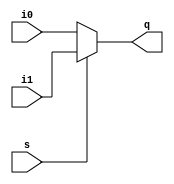
module mux_2(i0,i1,s,q);
    
input [15:0]i1,i0;
input s;
output [15:0]q;
wire [15:0] padds;
assign padds = {16{s}};								//s =1 then i1 is choosen
//assign q= (!s & i0)|(s & i1);
assign q[15:0]=(s)?i1:i0;
endmodule